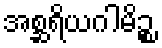
အစ္ဆရိယဂါမိဉ္စ